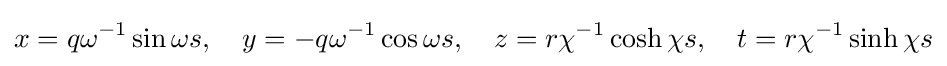
x=q\omega ^{-1}\sin \omega s,\quad y=-q\omega ^{-1}\cos \omega s,\quad z=r\chi ^{-1}\cosh \chi s,\quad t=r\chi ^{-1}\sinh \chi s